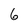
Character: 6